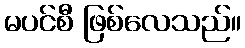
မပင်စီ ဖြစ်လေသည်။